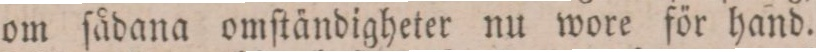
om ſådana omſtändigheter nu wore för hand.